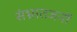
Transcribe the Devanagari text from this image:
संभ्रातजनों